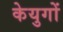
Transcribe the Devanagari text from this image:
केयुगों